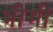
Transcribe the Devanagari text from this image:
भीमी